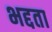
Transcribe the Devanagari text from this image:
भद्दता